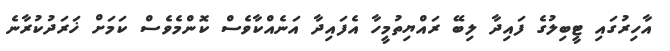
އާހިރުގައި ޓީބިލުގެ ފައިދާ ލިބޭ ރައްޔިތުމީހާ އެފައިދާ އަނެއްކާވެސް ކޮންމެވެސް ކަމަށް ޚަރަދުކުރާނެ